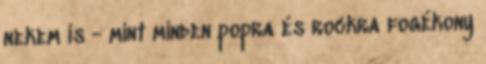
nekem is - mint minden popra és rockra fogékony